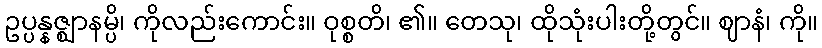
ဥပ္ပန္နဇ္ဈာနမ္ပိ၊ ကိုလည်းကောင်း။ ဝုစ္စတိ၊ ၏။ တေသု၊ ထိုသုံးပါးတို့တွင်။ ဈာနံ၊ ကို။